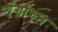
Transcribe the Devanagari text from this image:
शृंगारुन